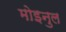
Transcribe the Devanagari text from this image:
मोइनुल